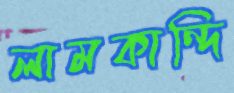
লামকান্দি